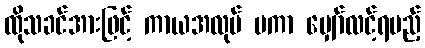
ထိုသခင်အားဖြင့် ကာယအလုပ် ပကာ မျှော်လင့်ရမည့်